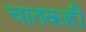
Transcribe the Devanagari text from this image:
चातकही